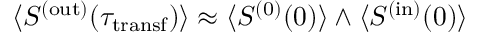
{ \langle S ^ { ( \mathrm { o u t } ) } ( \tau _ { \mathrm { t r a n s f } } ) \rangle } \approx { \langle S ^ { ( 0 ) } ( 0 ) \rangle \wedge \langle S ^ { ( \mathrm { i n } ) } ( 0 ) \rangle }